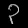
Digit: ၃